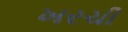
ખરચી